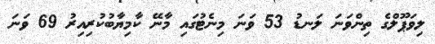
ލިވަޕޫލްގެ ތިންވަނަ ލަނޑު 53 ވަނަ މިނެޓުގައި މާނޭ ކާމިޔާބުކުރިއިރު 69 ވަނަ